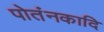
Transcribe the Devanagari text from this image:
पोतंनकादि